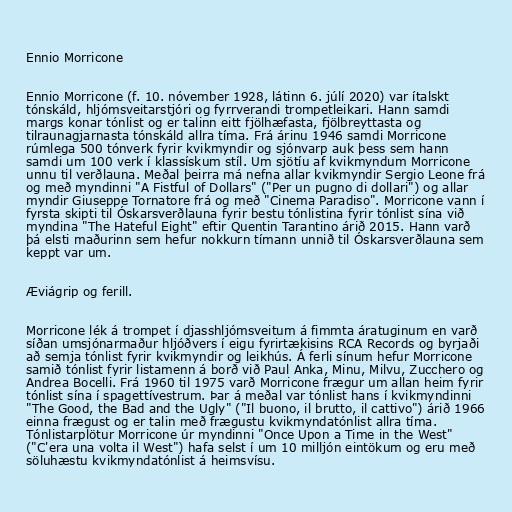
Ennio Morricone

Ennio Morricone (f. 10. nóvember 1928, látinn 6. júlí 2020) var ítalskt
tónskáld, hljómsveitarstjóri og fyrrverandi trompetleikari. Hann samdi
margs konar tónlist og er talinn eitt fjölhæfasta, fjölbreyttasta og
tilraunagjarnasta tónskáld allra tíma. Frá árinu 1946 samdi Morricone
rúmlega 500 tónverk fyrir kvikmyndir og sjónvarp auk þess sem hann
samdi um 100 verk í klassískum stíl. Um sjötíu af kvikmyndum Morricone
unnu til verðlauna. Meðal þeirra má nefna allar kvikmyndir Sergio Leone frá
og með myndinni "A Fistful of Dollars" ("Per un pugno di dollari") og allar
myndir Giuseppe Tornatore frá og með "Cinema Paradiso". Morricone vann í
fyrsta skipti til Óskarsverðlauna fyrir bestu tónlistina fyrir tónlist sína við
myndina "The Hateful Eight" eftir Quentin Tarantino árið 2015. Hann varð
þá elsti maðurinn sem hefur nokkurn tímann unnið til Óskarsverðlauna sem
keppt var um.

Æviágrip og ferill.

Morricone lék á trompet í djasshljómsveitum á fimmta áratuginum en varð
síðan umsjónarmaður hljóðvers í eigu fyrirtækisins RCA Records og byrjaði
að semja tónlist fyrir kvikmyndir og leikhús. Á ferli sínum hefur Morricone
samið tónlist fyrir listamenn á borð við Paul Anka, Minu, Milvu, Zucchero og
Andrea Bocelli. Frá 1960 til 1975 varð Morricone frægur um allan heim fyrir
tónlist sína í spagettívestrum. Þar á meðal var tónlist hans í kvikmyndinni
"The Good, the Bad and the Ugly" ("Il buono, il brutto, il cattivo") árið 1966
einna frægust og er talin með frægustu kvikmyndatónlist allra tíma.
Tónlistarplötur Morricone úr myndinni "Once Upon a Time in the West"
("C'era una volta il West") hafa selst í um 10 milljón eintökum og eru með
söluhæstu kvikmyndatónlist á heimsvísu.